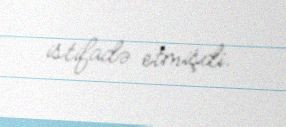
istifadə etmişdi.